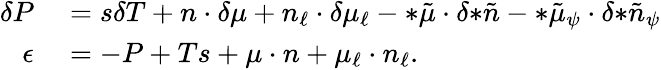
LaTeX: \begin{array}{rl}{\delta P}&{{}=s\delta T+n\cdot\delta\mu+n_{\ell}\cdot\delta\mu_{\ell}-{*\tilde{\mu}}\cdot\delta{*\tilde{n}}-{*\tilde{\mu}_{\psi}}\cdot\delta{*\tilde{n}_{\psi}}}\\ {\epsilon}&{{}=-P+Ts+\mu\cdot n+\mu_{\ell}\cdot n_{\ell}.}\end{array}